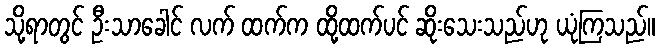
သို့ရာတွင် ဦးသာခေါင် လက် ထက်က ထို့ထက်ပင် ဆိုးသေးသည်ဟု ယုံကြသည်။